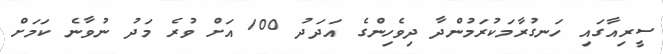
ސީރިއާގައި ހަނގުރާމަކުރަމުންދާ ދިވެހިންގެ އަދަދު 100 އަށް ވުރެ މަދު ނުވާނެ ކަމަށް